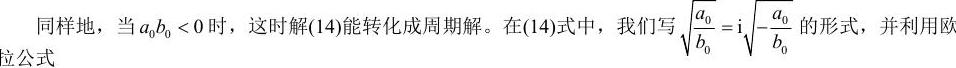
同样地，当$a_0b_0 < 0$时，这时解(14)能转化成周期解。在(14)式中，我们写$\sqrt{\frac{a_0}{b_0}}=\mathrm{i}\sqrt{-\frac{a_0}{b_0}}$的形式，并利用欧拉公式